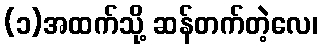
(၁)အထက်သို့ ဆန်တက်တဲ့လေ၊